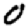
Digit: 0